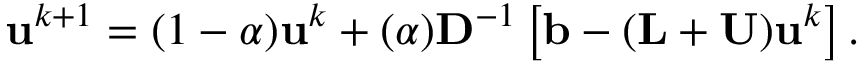
\mathbf { u } ^ { k + 1 } = ( 1 - \alpha ) \mathbf { u } ^ { k } + ( \alpha ) \mathbf { D } ^ { - 1 } \left[ \mathbf { b } - ( \mathbf { L } + \mathbf { U } ) \mathbf { u } ^ { k } \right] .